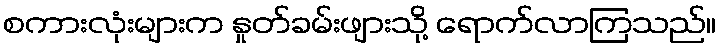
စကားလုံးများက နှုတ်ခမ်းဖျားသို့ ရောက်လာကြသည်။